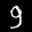
Label: 9